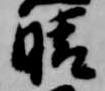
晴